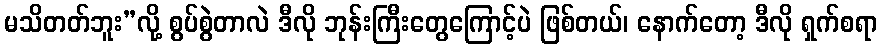
မသိတတ်ဘူး”လို့ စွပ်စွဲတာလဲ ဒီလို ဘုန်းကြီးတွေကြောင့်ပဲ ဖြစ်တယ်၊ နောက်တော့ ဒီလို ရှက်စရာ